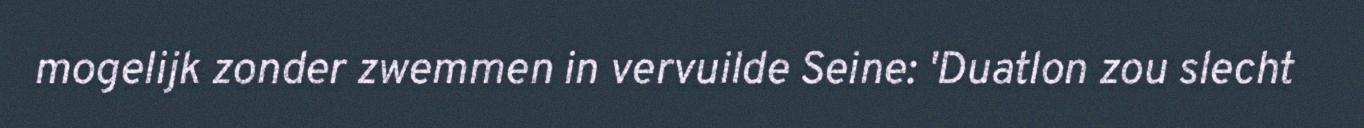
mogelijk zonder zwemmen in vervuilde Seine: 'Duatlon zou slecht